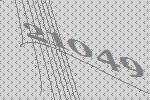
21049